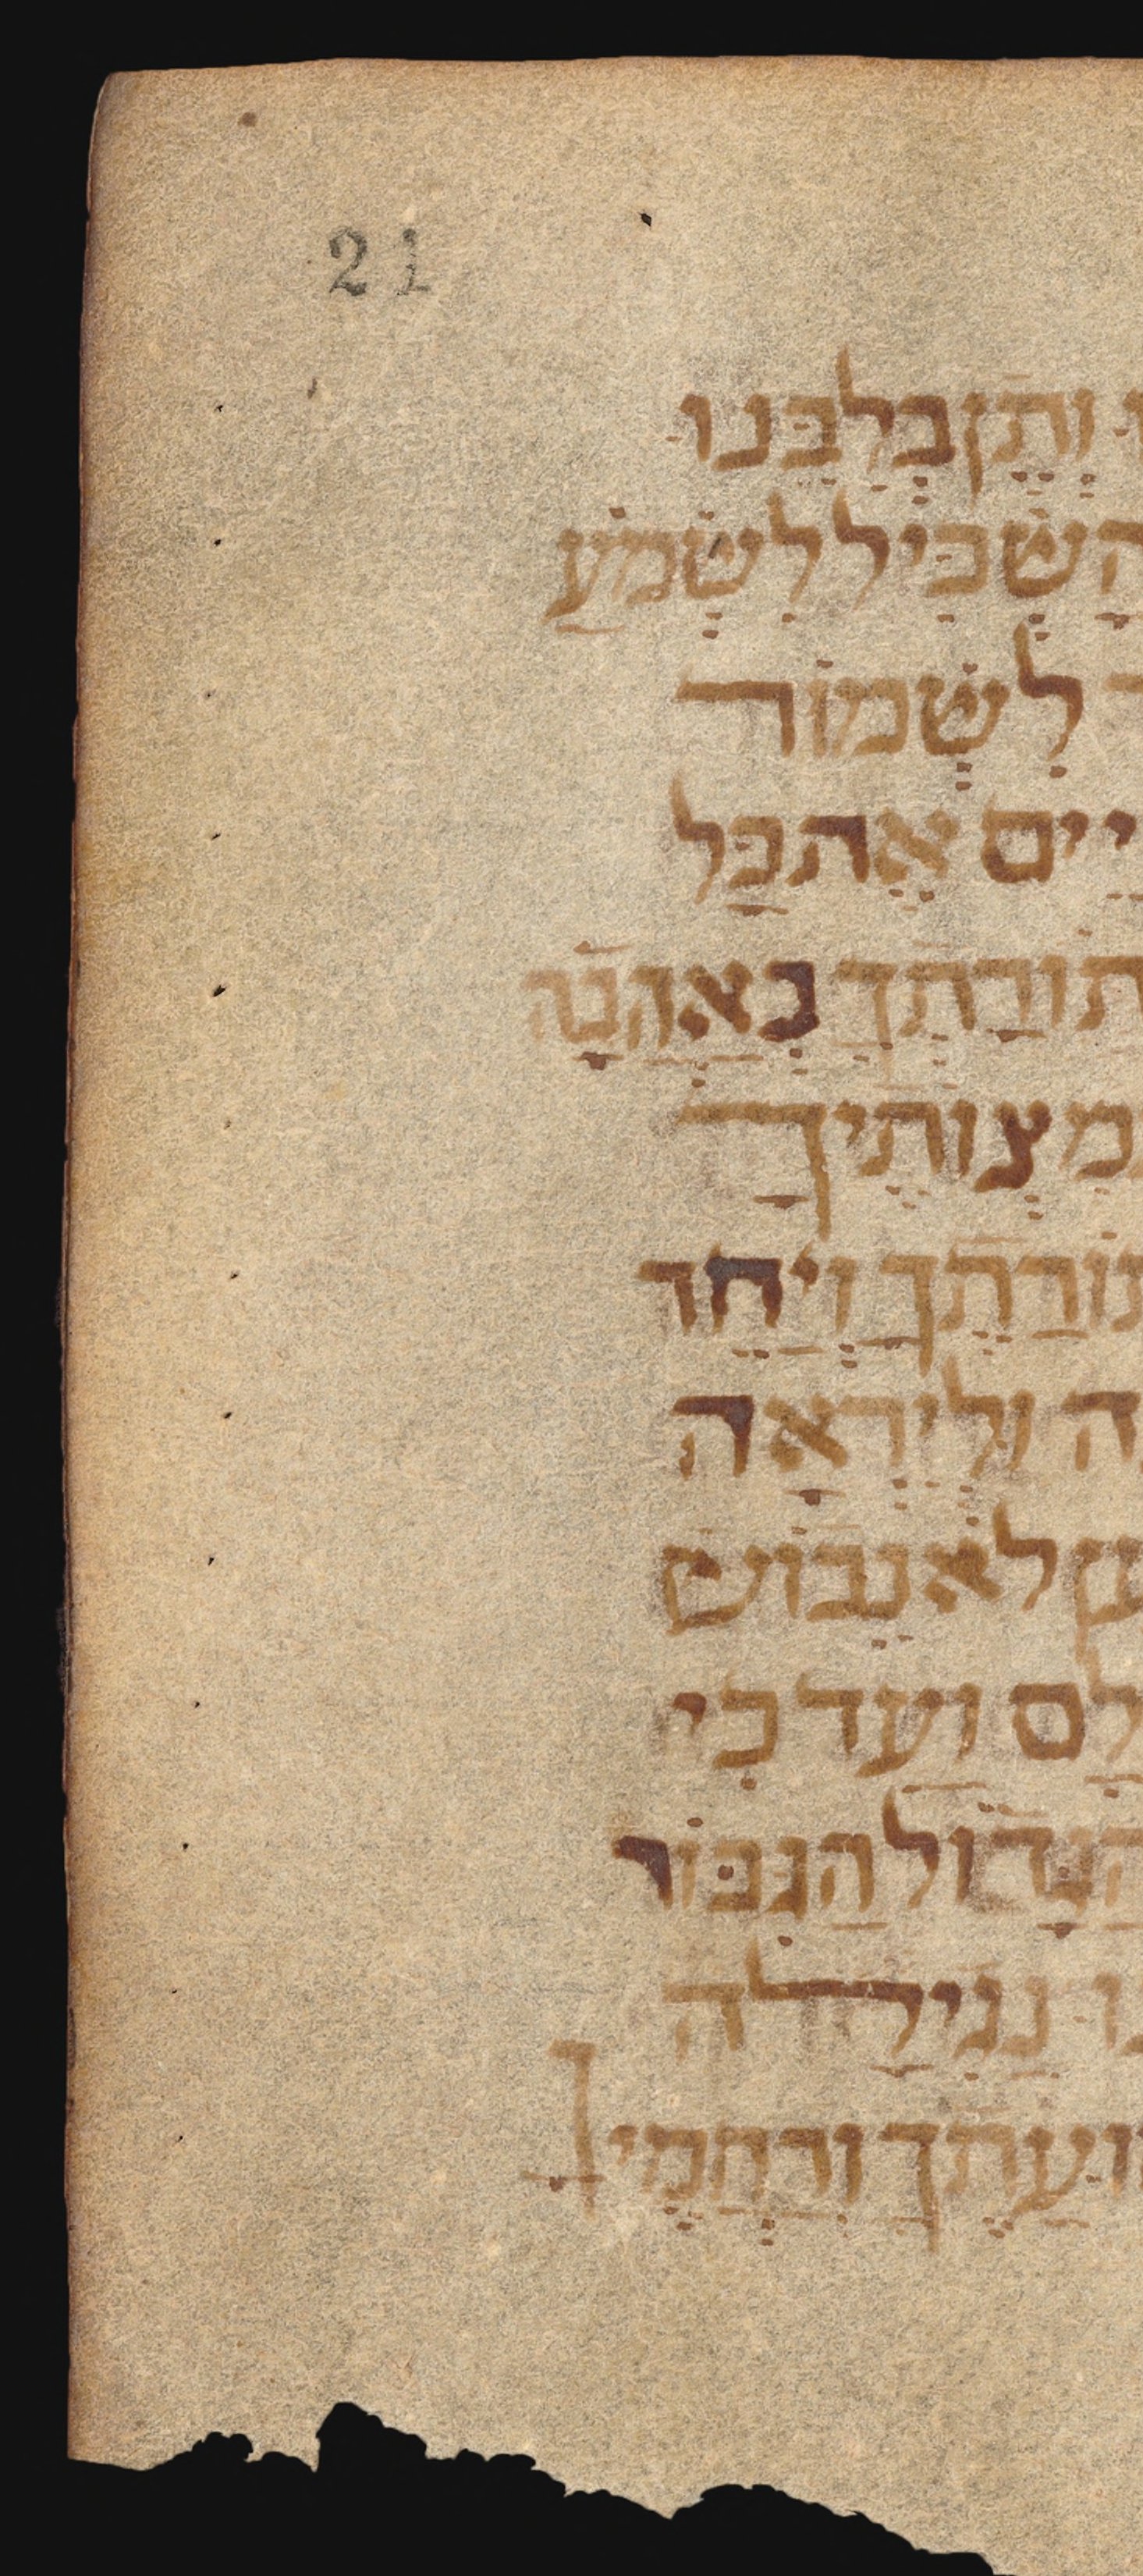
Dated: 1300–1399